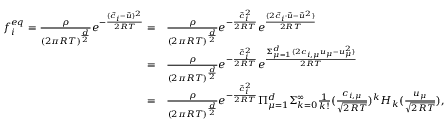
\begin{array} { r l } { f _ { i } ^ { e q } = \frac { \rho } { ( 2 \pi R T ) ^ { \frac { d } { 2 } } } e ^ { - \frac { ( \Vec { c } _ { i } - \Vec { u } ) ^ { 2 } } { 2 R T } } = } & { \frac { \rho } { ( 2 \pi R T ) ^ { \frac { d } { 2 } } } e ^ { - \frac { \Vec { c } _ { i } ^ { 2 } } { 2 R T } } e ^ { \frac { ( 2 \Vec { c } _ { i } \cdot \Vec { u } - \Vec { u } ^ { 2 } ) } { 2 R T } } } \\ { = } & { \frac { \rho } { ( 2 \pi R T ) ^ { \frac { d } { 2 } } } e ^ { - \frac { \Vec { c } _ { i } ^ { 2 } } { 2 R T } } e ^ { \frac { \Sigma _ { \mu = 1 } ^ { d } ( 2 c _ { i , \mu } u _ { \mu } - { u } _ { \mu } ^ { 2 } ) } { 2 R T } } } \\ { = } & { \frac { \rho } { ( 2 \pi R T ) ^ { \frac { d } { 2 } } } e ^ { - \frac { \Vec { c } _ { i } ^ { 2 } } { 2 R T } } \Pi _ { \mu = 1 } ^ { d } \Sigma _ { k = 0 } ^ { \infty } \frac { 1 } { k ! } ( \frac { c _ { i , \mu } } { \sqrt { 2 R T } } ) ^ { k } H _ { k } ( \frac { u _ { \mu } } { \sqrt { 2 R T } } ) , } \end{array}